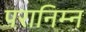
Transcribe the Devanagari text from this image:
परानिम्न